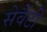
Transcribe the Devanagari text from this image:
सेवैंटी